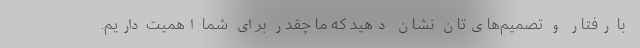
با رفتار و تصمیم‌های‌تان نشان دهید که ما چقدر برای شما اهمیت داریم.